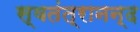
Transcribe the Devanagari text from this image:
स्वतंत्रानन्द